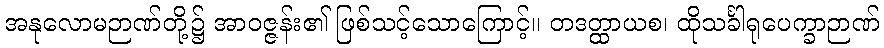
အနုလောမဉာဏ်တို့၌ အာဝဇ္ဇန်း၏ ဖြစ်သင့်သောကြောင့်။ တဒတ္ထာယစ၊ ထိုသင်္ခါရုပေက္ခာဉာဏ်